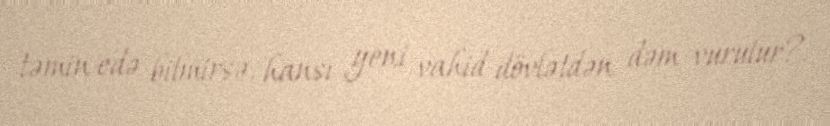
təmin edə bilmirsə, hansı yeni vahid dövlətdən dəm vurulur?.